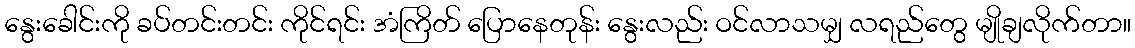
နွေးခေါင်းကို ခပ်တင်းတင်း ကိုင်ရင်း အံကြိတ် ပြောနေတုန်း နွေးလည်း ဝင်လာသမျှ လရည်တွေ မျိုချလိုက်တာ။